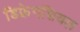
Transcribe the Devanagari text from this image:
डिफ्रेनशियल